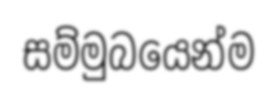
සම්මුබයෙන්ම